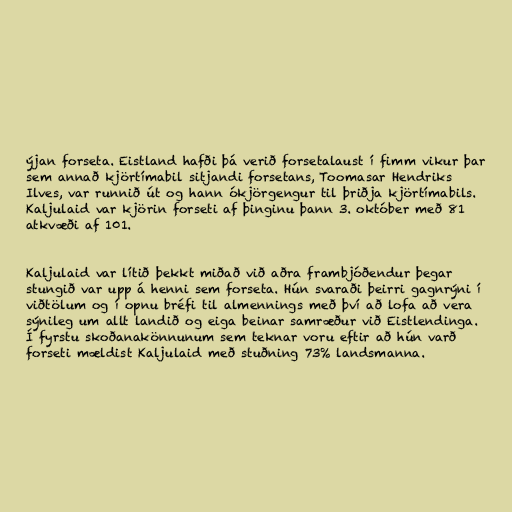
ýjan forseta. Eistland hafði þá verið forsetalaust í fimm vikur þar
sem annað kjörtímabil sitjandi forsetans, Toomasar Hendriks
Ilves, var runnið út og hann ókjörgengur til þriðja kjörtímabils.
Kaljulaid var kjörin forseti af þinginu þann 3. október með 81
atkvæði af 101.

Kaljulaid var lítið þekkt miðað við aðra frambjóðendur þegar
stungið var upp á henni sem forseta. Hún svaraði þeirri gagnrýni í
viðtölum og í opnu bréfi til almennings með því að lofa að vera
sýnileg um allt landið og eiga beinar samræður við Eistlendinga.
Í fyrstu skoðanakönnunum sem teknar voru eftir að hún varð
forseti mældist Kaljulaid með stuðning 73% landsmanna.